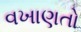
વખાણતો